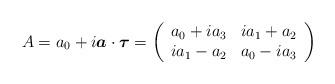
LaTeX: \begin{align*}A=a_0+i\mbox{\boldmath$a$}\cdot \mbox{\boldmath$\tau$}=\left(\begin{array}{cc}a_0+ia_3 & ia_1+a_2 \\ia_1-a_2 & a_0-ia_3\end{array}\right)\end{align*}